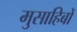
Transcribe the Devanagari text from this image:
मुसाहिबों